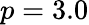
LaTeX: p=3.0